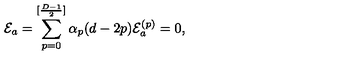
{ \cal E } _ { a } = \sum _ { p = 0 } ^ { [ \frac { D - 1 } { 2 } ] } \alpha _ { p } ( d - 2 p ) { \cal E } _ { a } ^ { ( p ) } = 0 ,